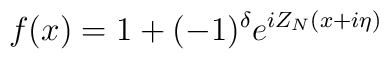
f(x)=1+(-1)^{\delta }e^{iZ_{N}(x+i\eta )}